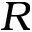
R